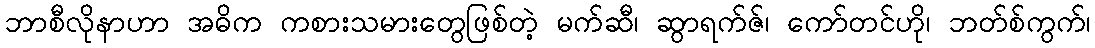
ဘာစီလိုနာဟာ အဓိက ကစားသမားတွေဖြစ်တဲ့ မက်ဆီ၊ ဆွာရက်ဇ်၊ ကော်တင်ဟို၊ ဘတ်စ်ကွက်၊